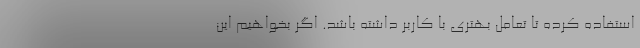
استفاده کرده تا تعامل بهتری با کاربر داشته باشد. اگر بخواهیم این